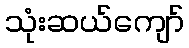
သုံးဆယ်ကျော်